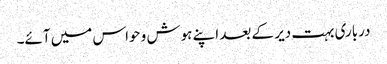
درباری بہت دیر کے بعد اپنے ہوش و حواس میں آئے۔